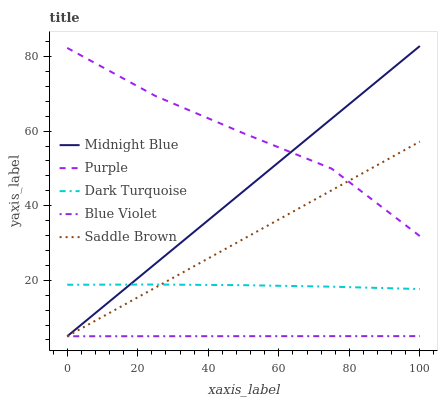
| xaxis_label | Midnight Blue | Purple | Dark Turquoise | Blue Violet | Saddle Brown |
 | --- | --- | --- | --- | --- | --- |
 | 0 | 5 | 82.3 | 18.8 | 5 | 5 |
 | 25 | 24.5 | 69.4 | 18.9 | 5.01 | 18 |
 | 50 | 43.9 | 59.4 | 18.7 | 5.02 | 31.1 |
 | 75 | 63.4 | 49.9 | 18.3 | 5.02 | 44.1 |
 | 100 | 82.8 | 31.8 | 17.7 | 5.03 | 57.2 |